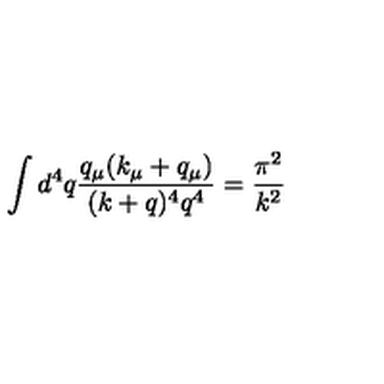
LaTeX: \int d ^ { 4 } q \frac { q _ { \mu } ( k _ { \mu } + q _ { \mu } ) } { ( k + q ) ^ { 4 } q ^ { 4 } } = \frac { \pi ^ { 2 } } { k ^ { 2 } }